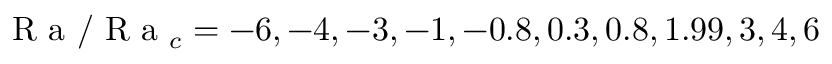
\mathrm { ~ R ~ a ~ } / \mathrm { ~ R ~ a ~ } _ { c } = - 6 , - 4 , - 3 , - 1 , - 0 . 8 , 0 . 3 , 0 . 8 , 1 . 9 9 , 3 , 4 , 6